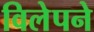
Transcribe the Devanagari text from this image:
विलेपने